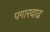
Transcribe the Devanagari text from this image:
पगारवाढ